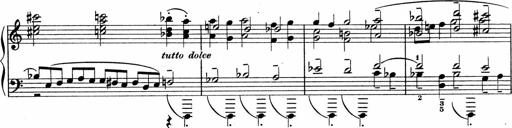
Title: Sonatina No.4
Composer: Abram Kimmell
Key: E minor